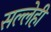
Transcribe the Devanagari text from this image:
सल्लेही